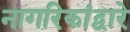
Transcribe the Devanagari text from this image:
नागरिकांद्वारे